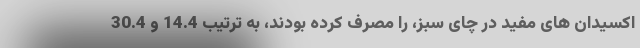
اکسیدان های مفید در چای سبز، را مصرف کرده بودند، به ترتیب 14.4 و 30.4